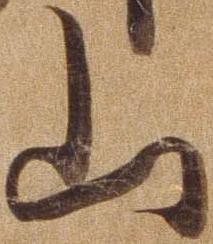
山